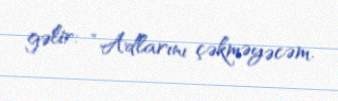
gəlir: “Adlarını çəkməyəcəm.